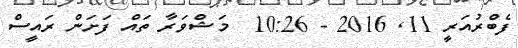
ފެބްރުއަރީ 11